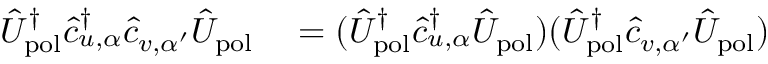
\begin{array} { r l } { \hat { U } _ { \mathrm { p o l } } ^ { \dagger } \hat { c } _ { u , \alpha } ^ { \dagger } \hat { c } _ { v , \alpha ^ { \prime } } \hat { U } _ { \mathrm { p o l } } } & { { } = ( \hat { U } _ { \mathrm { p o l } } ^ { \dagger } \hat { c } _ { u , \alpha } ^ { \dagger } \hat { U } _ { \mathrm { p o l } } ) ( \hat { U } _ { \mathrm { p o l } } ^ { \dagger } \hat { c } _ { v , \alpha ^ { \prime } } \hat { U } _ { \mathrm { p o l } } ) } \end{array}